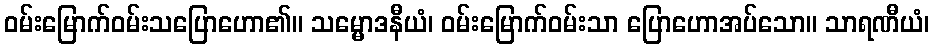
ဝမ်းမြောက်ဝမ်းသပြောဟော၏။ သမ္မောဒနီယံ၊ ဝမ်းမြောက်ဝမ်းသာ ပြောဟောအပ်သော။ သာရဏီယံ၊